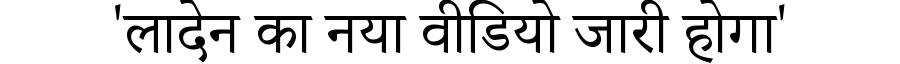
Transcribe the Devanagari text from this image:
'लादेन का नया वीडियो जारी होगा'